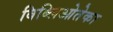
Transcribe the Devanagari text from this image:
बिब्लिओतेका